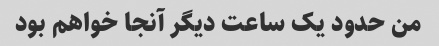
من حدود یک ساعت دیگر آنجا خواهم بود